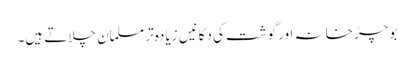
بوچڑ خانہ اور گوشت کی دکانیں زیادہ تر مسلمان چلاتے ہیں۔